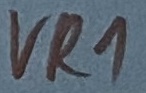
Text: VR1